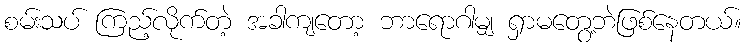
စမ်းသပ် ကြည့်လိုက်တဲ့ အခါကျတော့ ဘာရောဂါမျှ ရှာမတွေ့ဘဲဖြစ်နေတယ်။